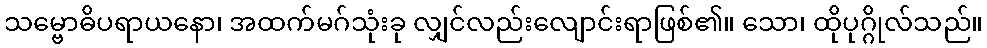
သမ္ဗောဓိပရာယနော၊ အထက်မဂ်သုံးခု လျှင်လည်းလျောင်းရာဖြစ်၏။ သော၊ ထိုပုဂ္ဂိုလ်သည်။